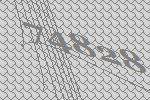
74828